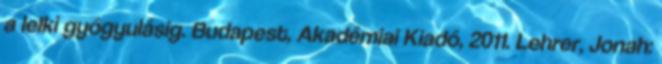
a lelki gyógyulásig. Budapest, Akadémiai Kiadó, 2011. Lehrer, Jonah: